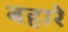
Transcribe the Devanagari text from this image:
बहारे